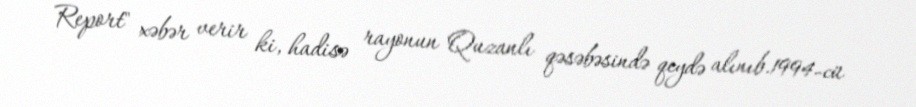
Report" xəbər verir ki, hadisə rayonun Quzanlı qəsəbəsində qeydə alınıb.1994-cü